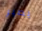
يصير